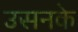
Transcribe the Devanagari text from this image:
उसनके